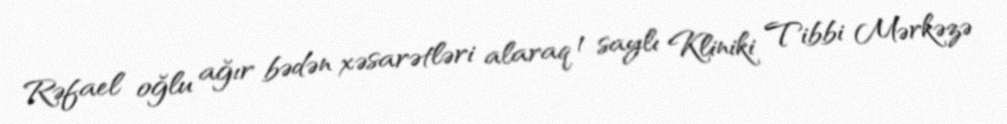
Rəfael oğlu ağır bədən xəsarətləri alaraq 1 saylı Kliniki Tibbi Mərkəzə